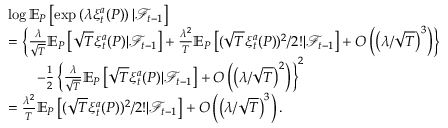
\begin{array} { r l } & { \log \mathbb { E } _ { P } \left[ \exp \left( \lambda \xi _ { t } ^ { a } ( P ) \right) | \mathcal { F } _ { t - 1 } \right] } \\ & { = \left\{ \frac { \lambda } { \sqrt { T } } \mathbb { E } _ { P } \left[ \sqrt { T } \xi _ { t } ^ { a } ( P ) | \mathcal { F } _ { t - 1 } \right] + \frac { \lambda ^ { 2 } } { T } \mathbb { E } _ { P } \left[ ( \sqrt { T } \xi _ { t } ^ { a } ( P ) ) ^ { 2 } / 2 ! | \mathcal { F } _ { t - 1 } \right] + O \left( \left( \lambda / \sqrt { T } \right) ^ { 3 } \right) \right\} } \\ & { \ \ \ \ \ \ - \frac { 1 } { 2 } \left\{ \frac { \lambda } { \sqrt { T } } \mathbb { E } _ { P } \left[ \sqrt { T } \xi _ { t } ^ { a } ( P ) | \mathcal { F } _ { t - 1 } \right] + O \left( \left( \lambda / \sqrt { T } \right) ^ { 2 } \right) \right\} ^ { 2 } } \\ & { = \frac { \lambda ^ { 2 } } { T } \mathbb { E } _ { P } \left[ ( \sqrt { T } \xi _ { t } ^ { a } ( P ) ) ^ { 2 } / 2 ! | \mathcal { F } _ { t - 1 } \right] + O \left( \left( \lambda / \sqrt { T } \right) ^ { 3 } \right) . } \end{array}